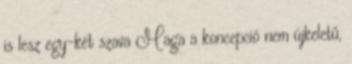
is lesz egy-két szava Maga a koncepció nem újkeletű,